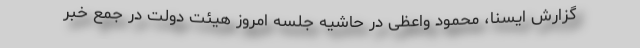
گزارش ایسنا، محمود واعظی در حاشیه جلسه امروز هیئت دولت در جمع خبر